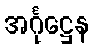
အင်္ဂုဋ္ဌေန